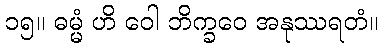
၁၅။ ဓမ္မံ ဟိ ဝေါ ဘိက္ခဝေ အနုဿရတံ။